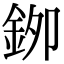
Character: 𮡯